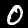
Label: 0